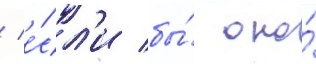
/ е́сл'и бы́ оно́